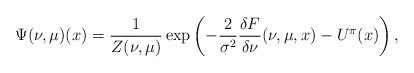
LaTeX: \begin{align*} \Psi(\nu, \mu)(x) = \frac{1}{Z(\nu, \mu)}\exp\left({-\frac{2}{\sigma^2}\frac{\delta F}{\delta \nu}(\nu, \mu, x) - U^{\pi}(x)}\right),\end{align*}